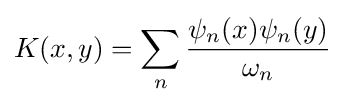
K(x,y)=\sum _{n}{\frac {\psi _{n}(x)\psi _{n}(y)}{\omega _{n}}}